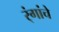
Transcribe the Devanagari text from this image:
र्ंगांचे